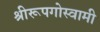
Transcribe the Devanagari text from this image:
श्रीरूपगोस्वामी